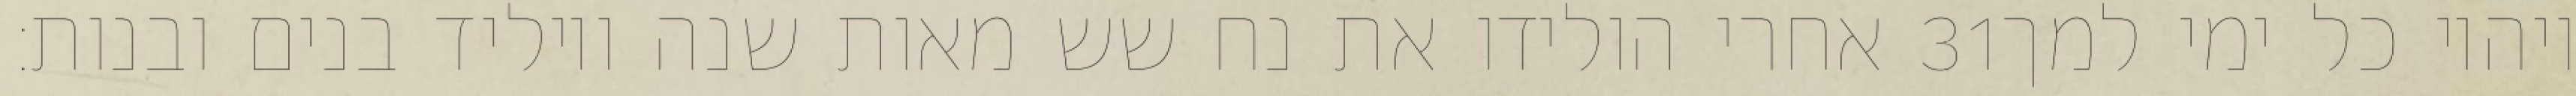
אחרי הולידו את נח שש מאות שנה ויוליד בנים ובנות׃ ‎31‏ ויהיו כל ימי למך